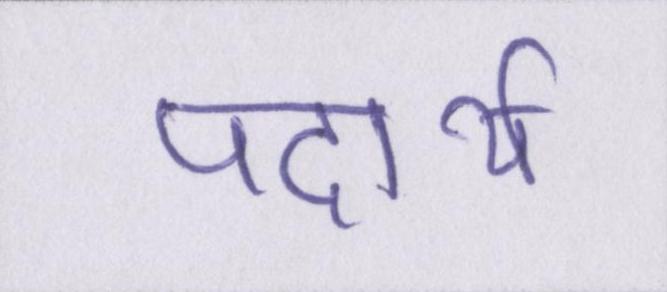
पदार्थ